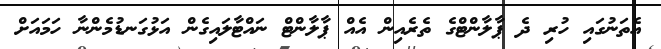
އެތަނުގައި ހުރި ދެ ޕާލާންޓްގެ ތެރެއިން އެއް ޕާލާންޓް ނައްޓާލައިގެން އަޅުގަނޑުމެންނާ ހަމައަށް